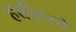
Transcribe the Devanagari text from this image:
हत्तीवरचे